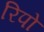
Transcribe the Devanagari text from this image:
रिपो